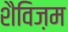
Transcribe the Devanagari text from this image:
शैविज़म